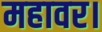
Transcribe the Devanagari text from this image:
महावर।